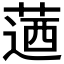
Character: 𦶅